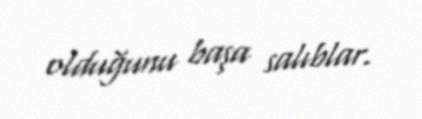
olduğunu başa salıblar.